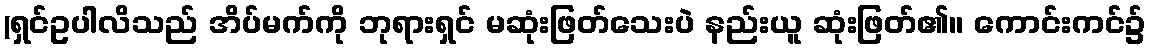
(ရှင်ဥပါလိသည် အိပ်မက်ကို ဘုရားရှင် မဆုံးဖြတ်သေးပဲ နည်းယူ ဆုံးဖြတ်၏။ ကောင်းကင်၌